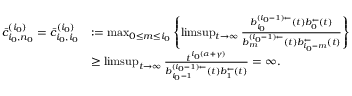
\begin{array} { r l } { \bar { c } _ { i _ { 0 } , n _ { 0 } } ^ { ( i _ { 0 } ) } = \bar { c } _ { i _ { 0 } , i _ { 0 } } ^ { ( i _ { 0 } ) } } & { : = \operatorname* { m a x } _ { 0 \le m \le i _ { 0 } } \left\{ \operatorname* { l i m s u p } _ { t \to \infty } \frac { b _ { i _ { 0 } } ^ { ( i _ { 0 } - 1 ) \leftarrow } ( t ) b _ { 0 } ^ { \leftarrow } ( t ) } { b _ { m } ^ { ( i _ { 0 } - 1 ) \leftarrow } ( t ) b _ { i _ { 0 } - m } ^ { \leftarrow } ( t ) } \right\} } \\ & { \ge \operatorname* { l i m s u p } _ { t \to \infty } \frac { t ^ { i _ { 0 } ( \alpha + \gamma ) } } { b _ { i _ { 0 } - 1 } ^ { ( i _ { 0 } - 1 ) \leftarrow } ( t ) b _ { 1 } ^ { \leftarrow } ( t ) } = \infty . } \end{array}